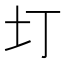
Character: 圢